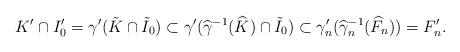
\begin{align*}K'\cap I'_0= \gamma'(\tilde{K}\cap \tilde{I}_0)\subset \gamma'(\widehat \gamma^{-1}(\widehat{K})\cap \tilde{I}_0)\subset \gamma'_n(\widehat{\gamma}^{-1}_n(\widehat{F}_n))=F'_n. \end{align*}